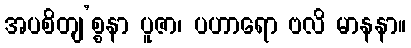
အပစိတျ’စ္စနာ ပူဇာ၊ ပဟာရော ဗလိ မာနနာ။